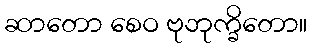
ဆာတော စေဝ ဗုဘုက္ခိတော။